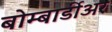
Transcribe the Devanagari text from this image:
बोम्बार्डीअर